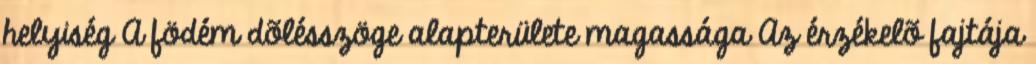
helyiség A födém dõlésszöge alapterülete magassága Az érzékelõ fajtája